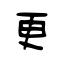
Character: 更